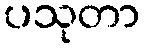
ပသုတာ